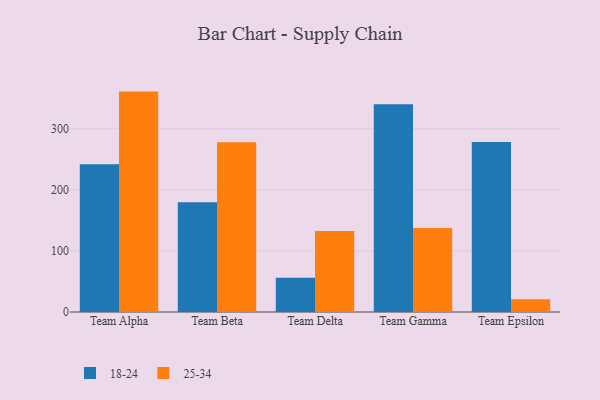
{"axis": {"x": "Team", "y": "Active Users"}, "legend": ["18-24", "25-34"], "data": [{"x": "Team Alpha", "y": 242.1, "type": "18-24"}, {"x": "Team Alpha", "y": 360.9, "type": "25-34"}, {"x": "Team Beta", "y": 179.7, "type": "18-24"}, {"x": "Team Beta", "y": 277.8, "type": "25-34"}, {"x": "Team Delta", "y": 56.2, "type": "18-24"}, {"x": "Team Delta", "y": 132.7, "type": "25-34"}, {"x": "Team Gamma", "y": 340.3, "type": "18-24"}, {"x": "Team Gamma", "y": 137.6, "type": "25-34"}, {"x": "Team Epsilon", "y": 278.3, "type": "18-24"}, {"x": "Team Epsilon", "y": 21.0, "type": "25-34"}]}